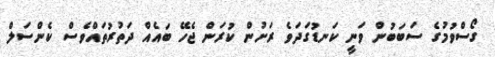
ގޯސްވުމުގެ ސަބަބުން ވަނީ ކަނޑުގަދަވެ ރަށުން ކުރަން ޖެހޭ ބައެއް ދަތުރުތައްވެސް ކެންސަލް